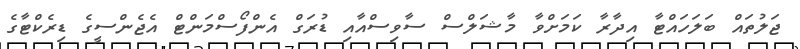
ޖަލުތައް ބަލަހައްޓާ އިދާރާ ކަމަށްވާ މާޝަލްސް ސާވިސްއާއި ޑުރަގް އެންފޯސްމަންޓް އެޖެންސީގެ ޑިރެކްޓާގެ